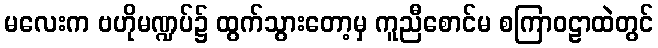
မလေးက ဗဟိုမဏ္ဍပ်၌ ထွက်သွားတော့မှ ကူညီစောင်မ စကြာဝဠာထဲတွင်